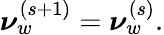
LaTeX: \boldsymbol\nu_{w}^{(s+1)}=\boldsymbol\nu_{w}^{(s)}.